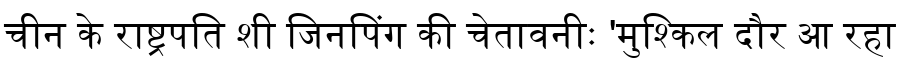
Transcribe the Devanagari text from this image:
चीन के राष्ट्रपति शी जिनपिंग की चेतावनीः 'मुश्किल दौर आ रहा